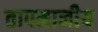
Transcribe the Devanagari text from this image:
तापमानीय